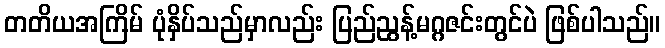
တတိယအကြိမ် ပုံနှိပ်သည်မှာလည်း ပြည်ညွန့်မဂ္ဂဇင်းတွင်ပဲ ဖြစ်ပါသည်။